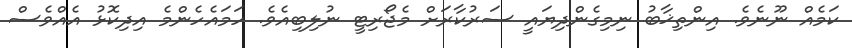
ކަމެއް ނޫނެވެ. އިންތިޚާބު ނިމިގެންދިޔައީ ސަރުކާރަށް މެޖޯރިޓީ ނުލިބިއެވެ. ހަމައެހެންމެ އިދިކޮޅު އެއްވެސް